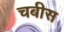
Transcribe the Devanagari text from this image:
चबीस